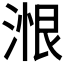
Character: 𰜠